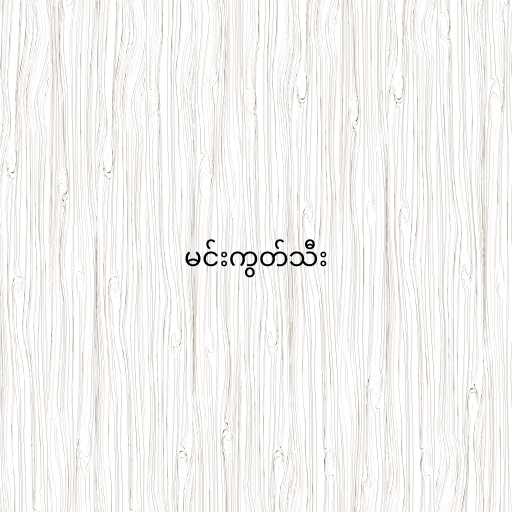
မင်းကွတ်သီး